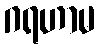
ဂရဟာမ